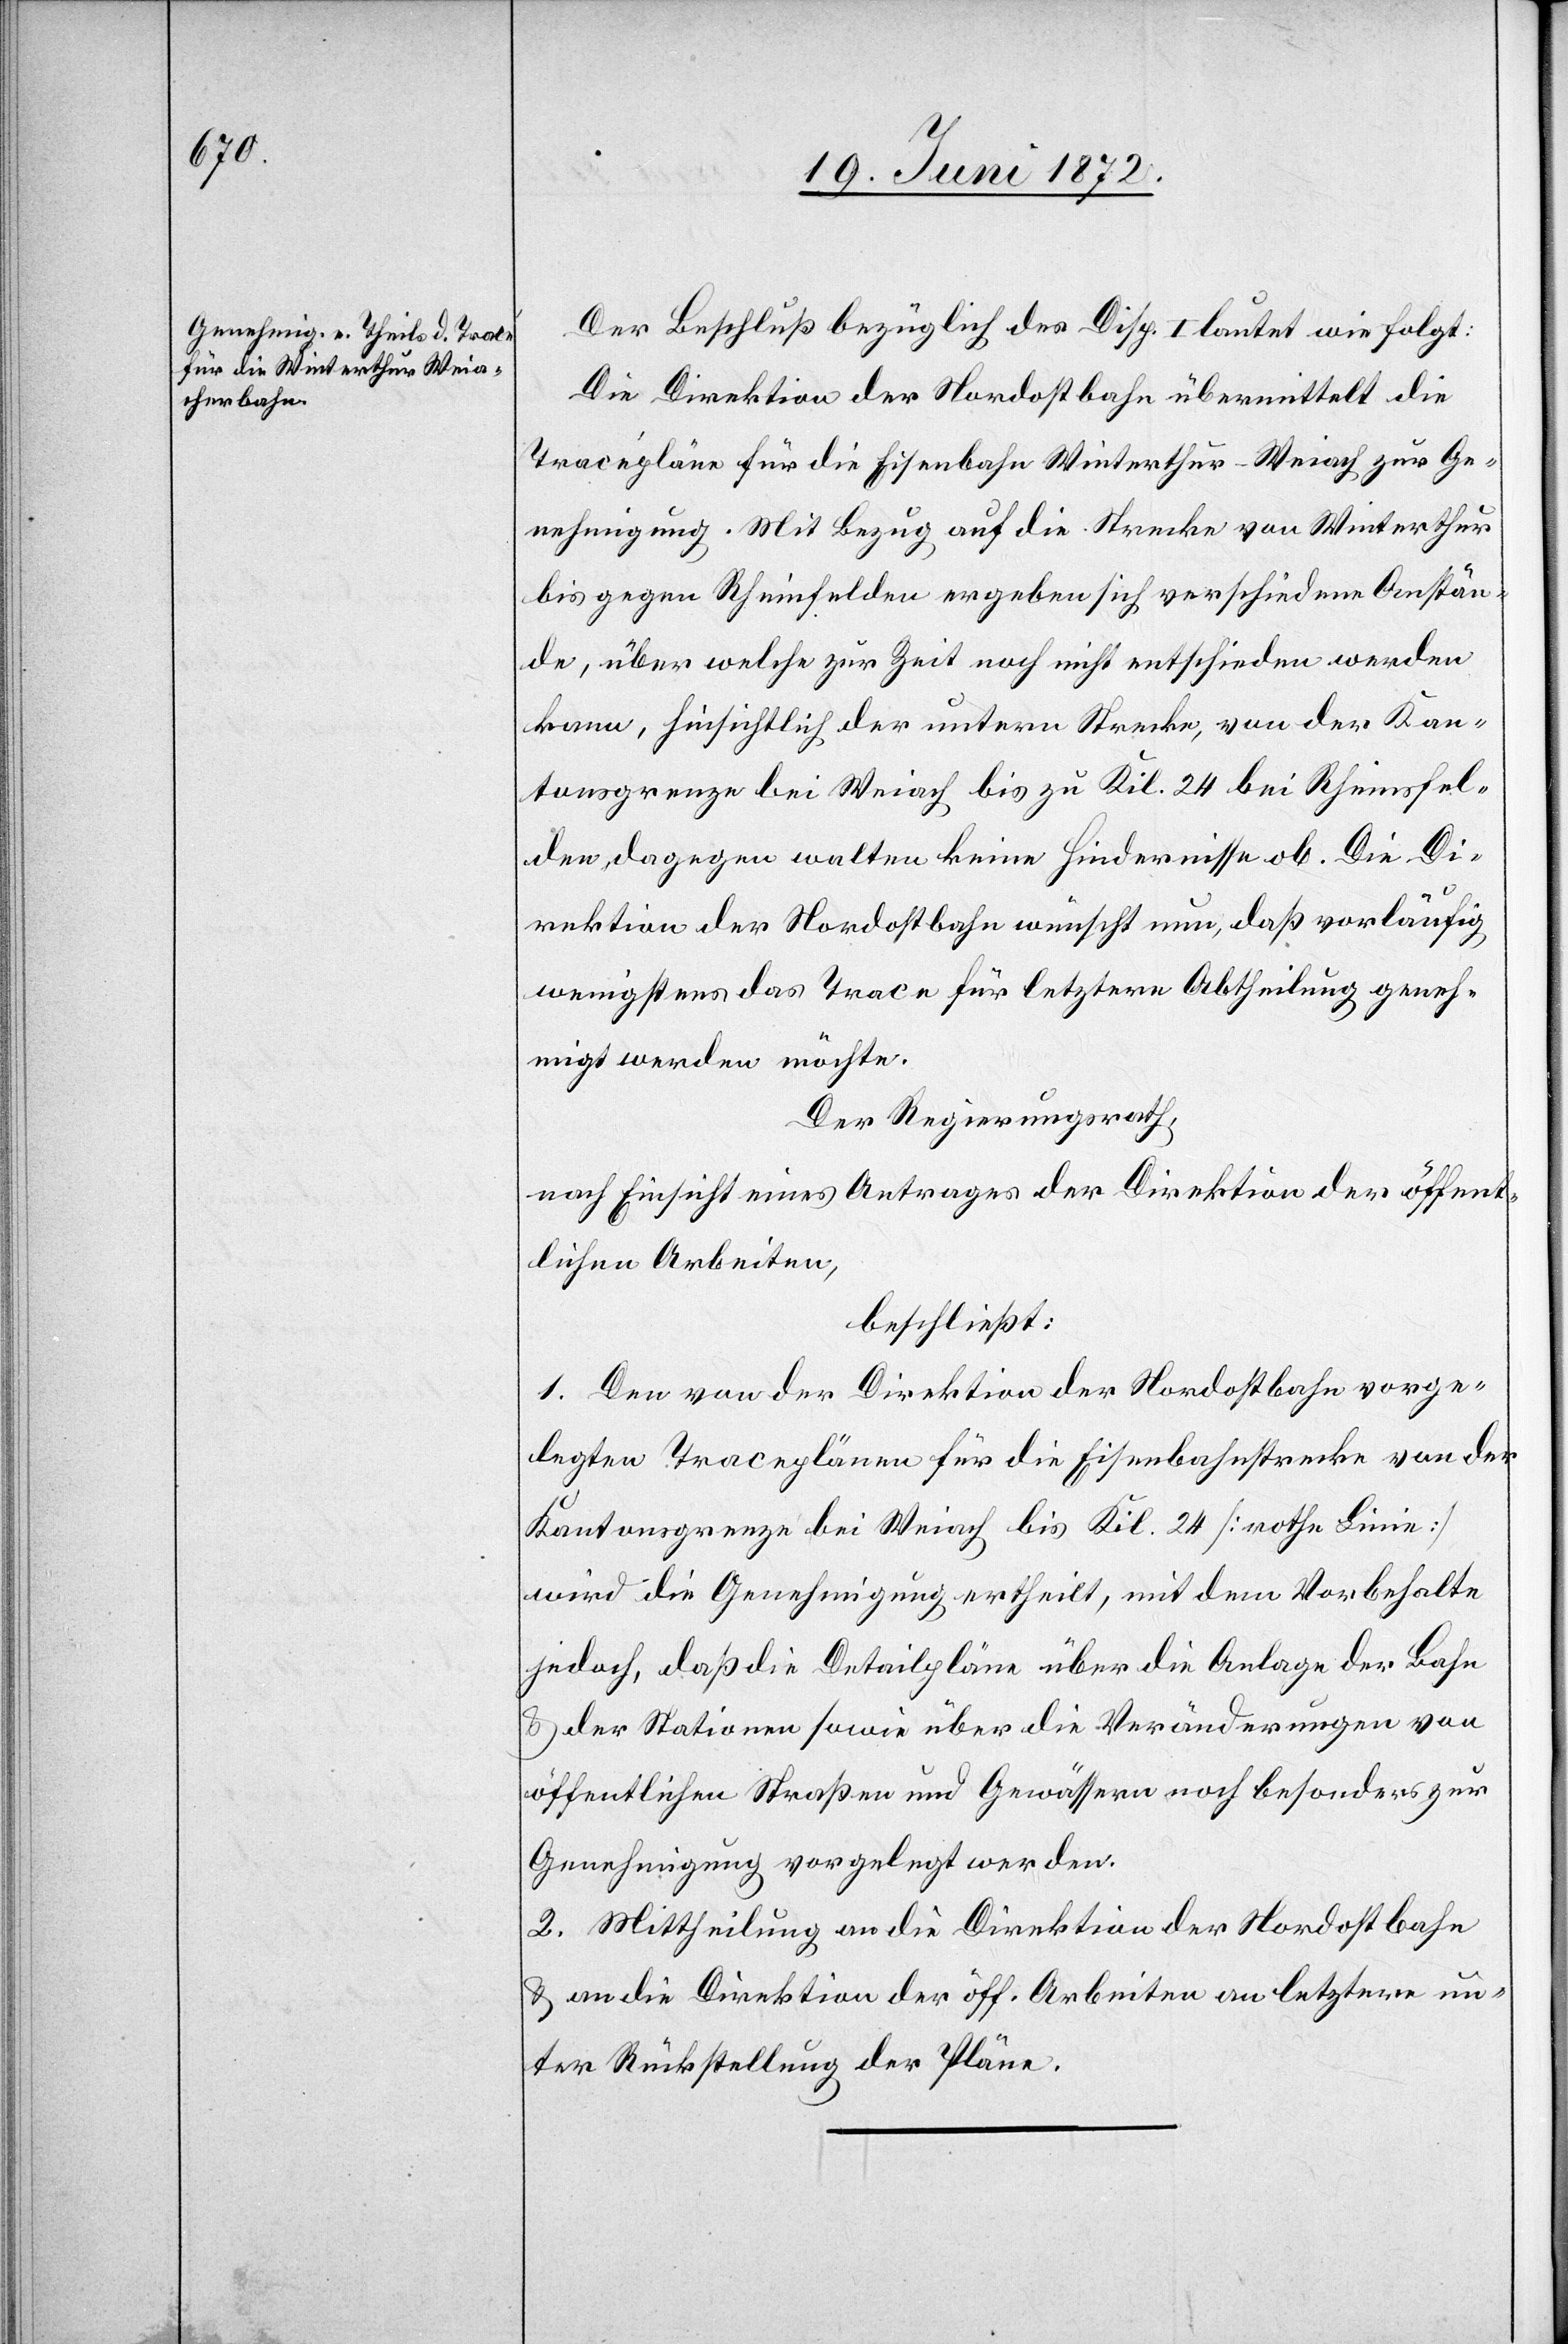
Der Beschluß bezüglich des Disp. I [sic!] lautet wie folgt:
Die Direktion der Nordostbahn übermittelt die
Tracépläne für die Eisenbahn Winterthur–Weiach zur Ge¬
nehmigung. Mit Bezug auf die Strecke von Winterthur
bis gegen Rheinfelden ergeben sich verschiedene Anstän¬
de, über welche zur Zeit noch nicht entschieden werden
kann, hinsichtlich der untern Strecke, von der Kan¬
tonsgrenze bis Weiach bis zu Kil. 24 bei Rheinsfel¬
den, dagegen walten keine Hindernisse ob. Die Di¬
rektion der Nordostbahn wünscht nun, daß vorläufig
wenigstens das Trace für letztere Abtheilung geneh¬
migt werden möchte.
Der Regierungsrath,
nach Einsicht eines Antrages der Direktion der öffent¬
lichen Arbeiten,
beschließt:
1. Den von der Direktion der Nordostbahn vorge¬
legten Traceplänen für die Eisenbahnstrecke von der
Kantonsgrenze bei Weiach bis Kil. 24 [rothe Linie]
wird die Genehmigung ertheilt, mit dem Vorbehalte
jedoch, daß die Detailpläne über die Anlage der Bahn
u. der Stationen sowie über die Veränderungen von
öffentlichen Straßen und Gewässern noch besonders zur
Genehmigung vorgelegt werden.
2. Mittheilung an die Direktion der Nordostbahn
u. an die Direktion der öff. Arbeiten[,] an letztere un¬
ter Rückstellung der Pläne.